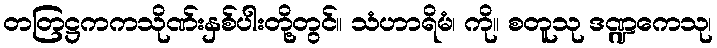
တတြဋ္ဌကကသိုဏ်းနှစ်ပါးတို့တွင်။ သံဟာရိမံ၊ ကို။ စတူသု ဒဏ္ဍကေသု၊